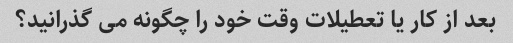
بعد از کار یا تعطیلات وقت خود را چگونه می گذرانید؟